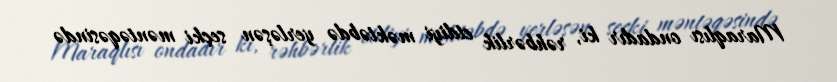
Maraqlısı ondadır ki, rəhbərlik etdiyi məktəbdə yerləşən seçki məntəqəsində